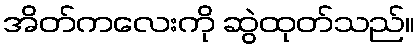
အိတ်ကလေးကို ဆွဲထုတ်သည်။